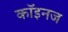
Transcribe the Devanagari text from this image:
कॉइनज